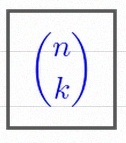
\binom{n}{k}